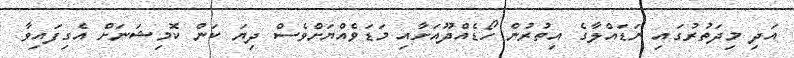
އަދި މިދަތުރުގައި ނަޑައްލާގެ އިތުރުން ހޯޑެއްދޫއަށާއި މަޑަވެއްޔަށްވެސް ދިޔަ ކަން ކޮމިޝަނަށް އެގިފައިވާ